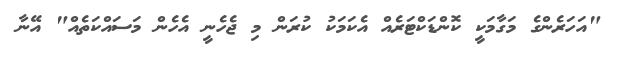
"އަހަރެންގެ މަގާމަކީ ކޮންޑަކްޓަރެއް އެކަމަކު ކުރަން މި ޖެހެނީ އެހެން މަސައްކަތެއް" އޭނާ